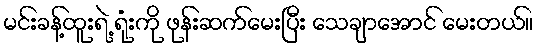
မင်းခန့်ထူးရဲ့ ရုံးကို ဖုန်းဆက်မေးပြီး သေချာအောင် မေးတယ်။